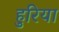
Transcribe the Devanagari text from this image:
हुरिया